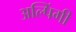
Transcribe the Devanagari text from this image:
अल्पिंगी